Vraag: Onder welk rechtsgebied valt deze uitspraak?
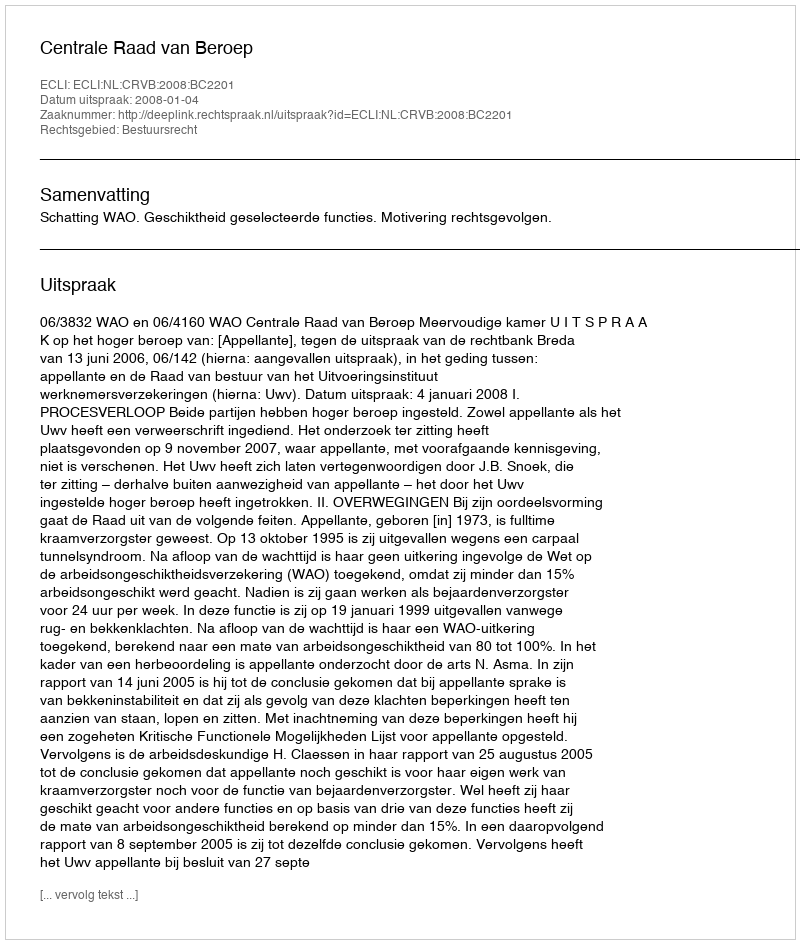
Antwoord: Bestuursrecht